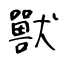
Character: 獸